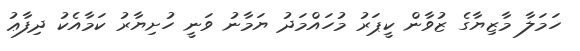
ހަމަލާ މާޒިޔާގެ ޒުވާން ކީޕަރު މުހައްމަދު ޔަމާނު ވަނީ ހުށިޔާރު ކަމާއެކު ދިފާޢު